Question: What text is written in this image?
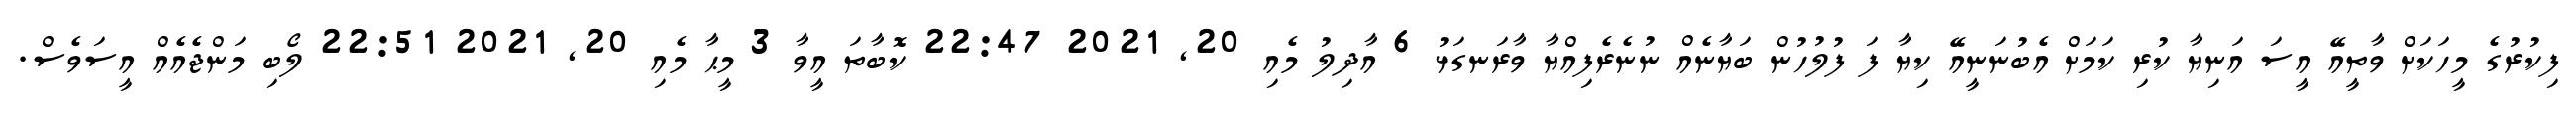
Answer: ފިކުރުގެ މީހަކަށް ވާތީއޭ އީސަ އަނިޔާ ކުރި ކަމަށް އެބުނަނީއޭ ކިޔާ ފަ ފުލުހުން ބަޔާނެއް ނުނެރެފިއްޔާ ވާރަނގަޅު 6 އާދިލު މެއި 20, 2021 22:47 ކޮބާތަ އީވާ 3 މީޙާ މެއި 20, 2021 22:51 ލޯބި މަންޖެއެއް އީސަވެސް.